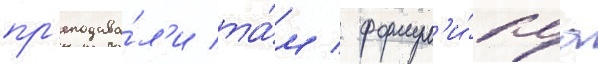
пр'еподава́л'и та́м / формул'и́руа